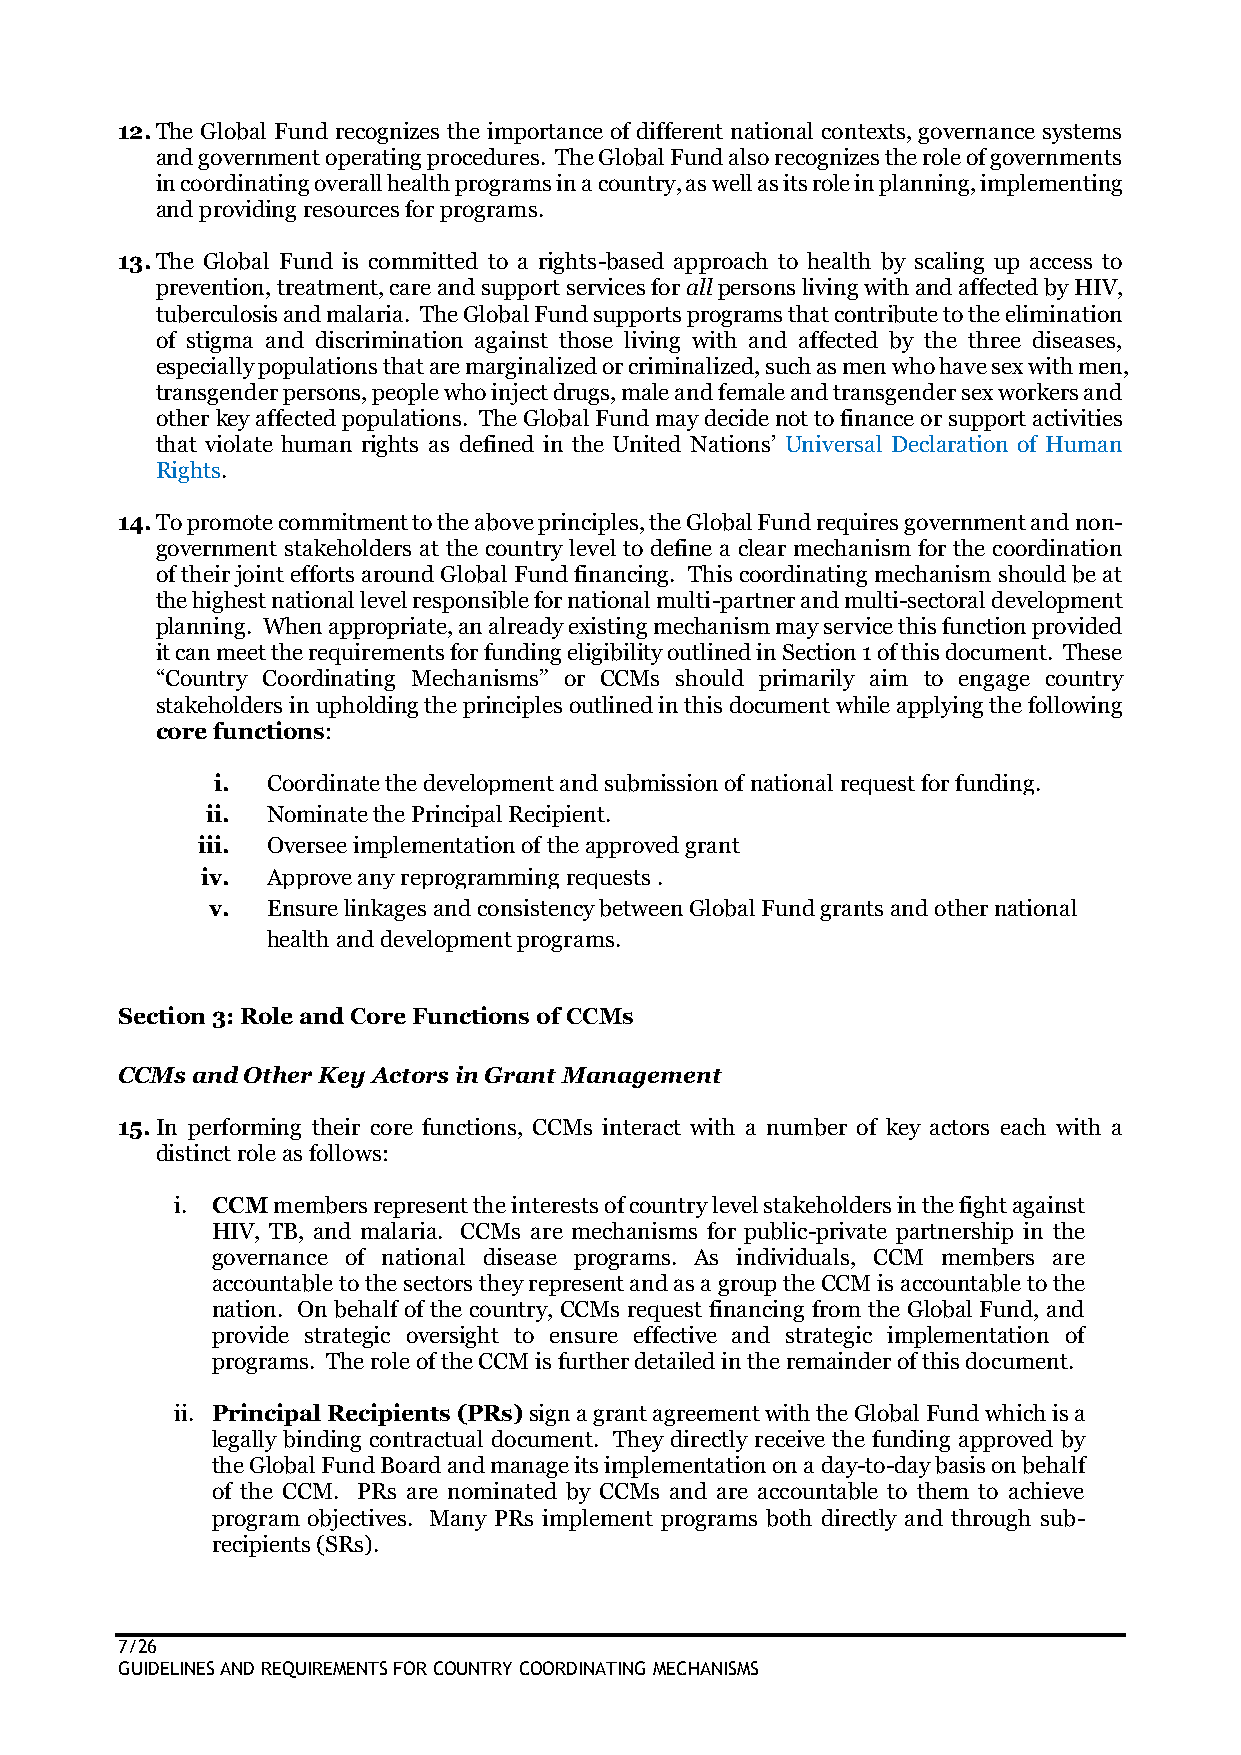
12. The Global Fund recognizes the importance of different national contexts, governance systems
 and government operating procedures. The Global Fund also recognizes the role of governments
 in coordinating overall health programs in a country, as well as its role in planning, implementing
 and providing resources for programs.
 13. The Global Fund is committed to a rights-based approach to health by scaling up access to
 prevention, treatment, care and support services for all persons living with and affected by HIV,
 tuberculosis and malaria. The Global Fund supports programs that contribute to the elimination
 of stigma and discrimination against those living with and affected by the three diseases,
 especially populations that are marginalized or criminalized, such as men who have sex with men,
 transgender persons, people who inject drugs, male and female and transgender sex workers and
 other key affected populations. The Global Fund may decide not to finance or support activities
 that violate human rights as defined in the United Nations’ Universal Declaration of Human
 Rights.
 14. To promote commitment to the above principles, the Global Fund requires government and non-
 government stakeholders at the country level to define a clear mechanism for the coordination
 of their joint efforts around Global Fund financing. This coordinating mechanism should be at
 the highest national level responsible for national multi-partner and multi-sectoral development
 planning. When appropriate, an already existing mechanism may service this function provided
 it can meet the requirements for funding eligibility outlined in Section 1 of this document. These
 “Country Coordinating Mechanisms” or CCMs should primarily aim to engage country
 stakeholders in upholding the principles outlined in this document while applying the following
 core functions:
 i.  Coordinate the development and submission of national request for funding.
 ii. Nominate the Principal Recipient.
 iii. Oversee implementation of the approved grant
 iv.  Approve any reprogramming requests .
 v.  Ensure linkages and consistency between Global Fund grants and other national
 health and development programs.
 Section 3: Role and Core Functions of CCMs
 CCMs and Other Key Actors in Grant Management
 15. In performing their core functions, CCMs interact with a number of key actors each with a
 distinct role as follows:
 i. CCM members represent the interests of country level stakeholders in the fight against
 HIV, TB, and malaria. CCMs are mechanisms for public-private partnership in the
 governance of national disease programs. As individuals, CCM members are
 accountable to the sectors they represent and as a group the CCM is accountable to the
 nation. On behalf of the country, CCMs request financing from the Global Fund, and
 provide strategic oversight to ensure effective and strategic implementation of
 programs. The role of the CCM is further detailed in the remainder of this document.
 ii. Principal Recipients (PRs) sign a grant agreement with the Global Fund which is a
 legally binding contractual document. They directly receive the funding approved by
 the Global Fund Board and manage its implementation on a day-to-day basis on behalf
 of the CCM. PRs are nominated by CCMs and are accountable to them to achieve
 program objectives. Many PRs implement programs both directly and through sub-
 recipients (SRs).
 7/26
 GUIDELINES AND REQUIREMENTS FOR COUNTRY COORDINATING MECHANISMS